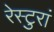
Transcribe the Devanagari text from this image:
रेस्टुरां